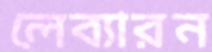
লেব্যারন